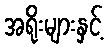
အရိုးများနှင့်